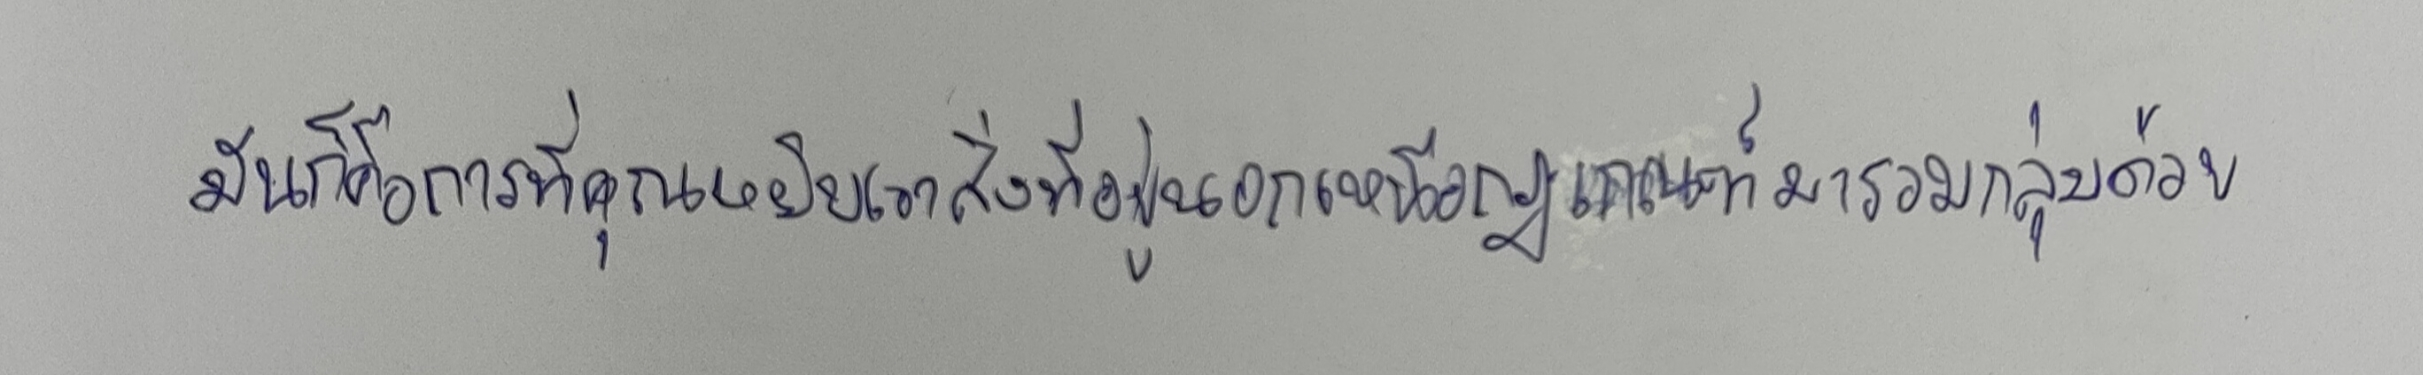
มันก็คือการที่คุณหยิบเอาสิ่งที่อยู่นอกเหนือกฎเกณฑ์มารวมกลุ่มด้วย